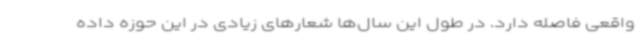
واقعی فاصله دارد. در طول این سال‌ها شعارهای زیادی در این حوزه داده